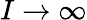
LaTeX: I\to\infty